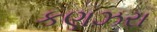
કણઝરા